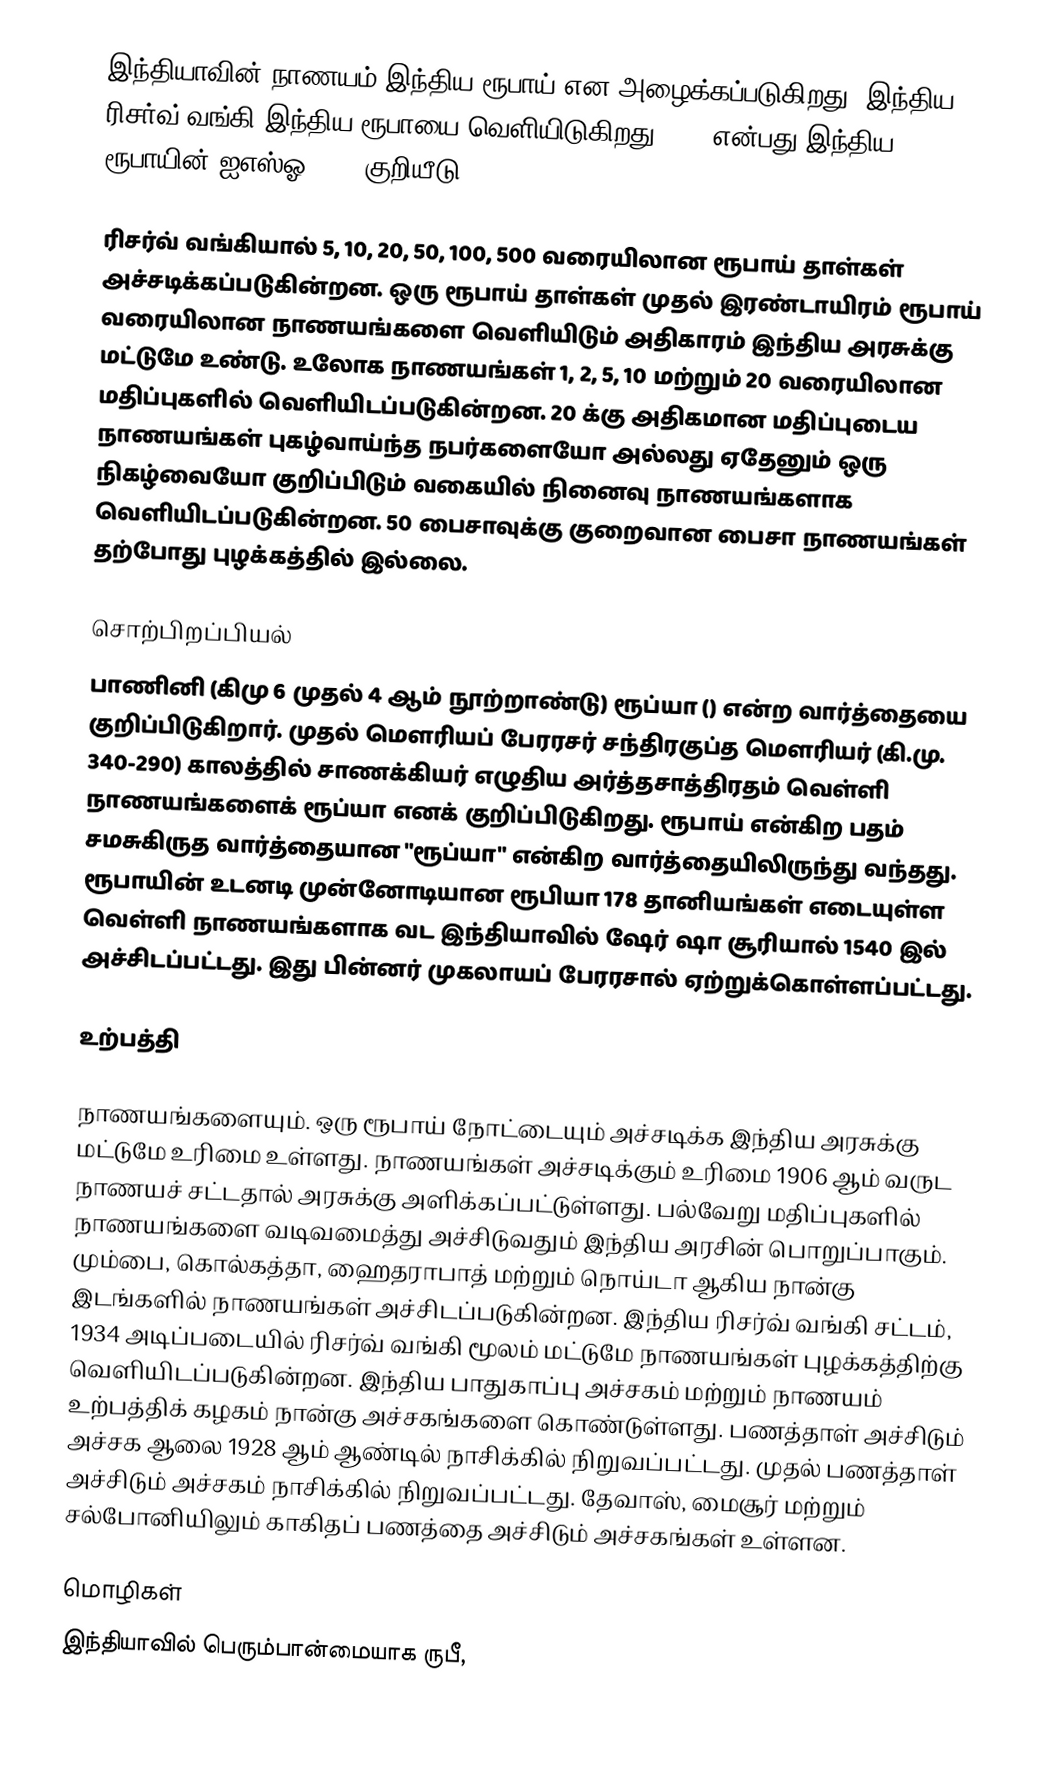
இந்தியாவின் நாணயம் இந்திய ரூபாய் என அழைக்கப்படுகிறது. இந்திய ரிசர்வ் வங்கி இந்திய ரூபாயை வெளியிடுகிறது. INR என்பது இந்திய ரூபாயின் ஐஎஸ்ஓ 4217 குறியீடு.

ரிசர்வ் வங்கியால் 5, 10, 20, 50, 100, 500 வரையிலான ரூபாய் தாள்கள் அச்சடிக்கப்படுகின்றன. ஒரு ரூபாய் தாள்கள் முதல் இரண்டாயிரம் ரூபாய் வரையிலான நாணயங்களை வெளியிடும் அதிகாரம் இந்திய அரசுக்கு மட்டுமே உண்டு. உலோக நாணயங்கள் 1, 2, 5, 10 மற்றும் 20 வரையிலான மதிப்புகளில் வெளியிடப்படுகின்றன. 20 க்கு அதிகமான மதிப்புடைய நாணயங்கள் புகழ்வாய்ந்த நபர்களையோ அல்லது ஏதேனும் ஒரு நிகழ்வையோ குறிப்பிடும் வகையில்  நினைவு நாணயங்களாக வெளியிடப்படுகின்றன. 50 பைசாவுக்கு குறைவான பைசா நாணயங்கள் தற்போது புழக்கத்தில் இல்லை.

சொற்பிறப்பியல்
பாணினி (கிமு 6 முதல் 4 ஆம் நூற்றாண்டு) ரூப்யா () என்ற வார்த்தையை குறிப்பிடுகிறார். முதல் மௌரியப் பேரரசர் சந்திரகுப்த மௌரியர் (கி.மு. 340-290) காலத்தில்  சாணக்கியர் எழுதிய அர்த்தசாத்திரதம் வெள்ளி நாணயங்களைக் ரூப்யா எனக் குறிப்பிடுகிறது. ரூபாய் என்கிற பதம் சமசுகிருத வார்த்தையான "ரூப்யா" என்கிற வார்த்தையிலிருந்து வந்தது. ரூபாயின் உடனடி முன்னோடியான ரூபியா 178 தானியங்கள் எடையுள்ள வெள்ளி நாணயங்களாக வட இந்தியாவில் ஷேர் ஷா சூரியால் 1540 இல் அச்சிடப்பட்டது. இது பின்னர் முகலாயப் பேரரசால் ஏற்றுக்கொள்ளப்பட்டது.

உற்பத்தி

நாணயங்களையும். ஒரு ரூபாய் நோட்டையும் அச்சடிக்க இந்திய அரசுக்கு மட்டுமே உரிமை உள்ளது. நாணயங்கள் அச்சடிக்கும் உரிமை 1906 ஆம் வருட நாணயச் சட்டதால் அரசுக்கு அளிக்கப்பட்டுள்ளது. பல்வேறு மதிப்புகளில் நாணயங்களை வடிவமைத்து அச்சிடுவதும் இந்திய அரசின் பொறுப்பாகும். மும்பை, கொல்கத்தா, ஹைதராபாத் மற்றும் நொய்டா ஆகிய நான்கு இடங்களில் நாணயங்கள் அச்சிடப்படுகின்றன. இந்திய ரிசர்வ் வங்கி சட்டம், 1934 அடிப்படையில் ரிசர்வ் வங்கி மூலம் மட்டுமே நாணயங்கள் புழக்கத்திற்கு வெளியிடப்படுகின்றன.  இந்திய  பாதுகாப்பு அச்சகம் மற்றும் நாணயம் உற்பத்திக் கழகம்  நான்கு அச்சகங்களை கொண்டுள்ளது. பணத்தாள் அச்சிடும் அச்சக ஆலை 1928 ஆம் ஆண்டில் நாசிக்கில் நிறுவப்பட்டது. முதல் பணத்தாள் அச்சிடும் அச்சகம் நாசிக்கில் நிறுவப்பட்டது. தேவாஸ், மைசூர் மற்றும் சல்போனியிலும் காகிதப் பணத்தை அச்சிடும் அச்சகங்கள் உள்ளன.

மொழிகள்
இந்தியாவில் பெரும்பான்மையாக ருபீ,